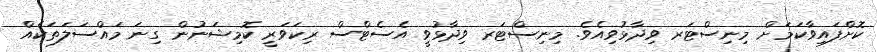
ކޮށްފައިވާކަމަށް މިނިސްޓަރ ވިދާޅުވިއެވެ. މިނިސްޓަރ ވިދާޅުވީ އެސެޓްސް ރިކަވަރީ ކޮމިޝަނުން ގިނަ މައްސަލަތަކެއް